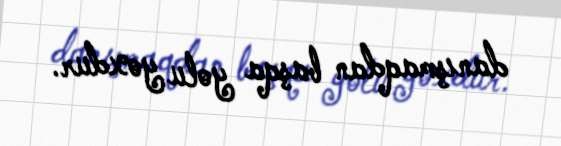
danışmaqdan başqa yolu yoxdur.